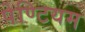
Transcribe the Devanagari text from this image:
पेण्टियम